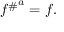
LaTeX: { f ^ { \# } } ^ { a } = f .